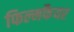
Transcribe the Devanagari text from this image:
फिल्मफैयर